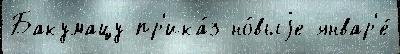
Бакумацу пр'ика́з но́выjе январ'е́